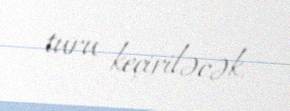
turu keçiriləcək.